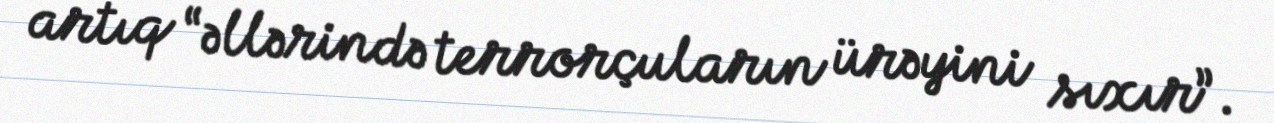
artıq “əllərində terrorçuların ürəyini sıxır”.